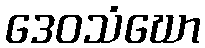
ဒေဝသံဃော